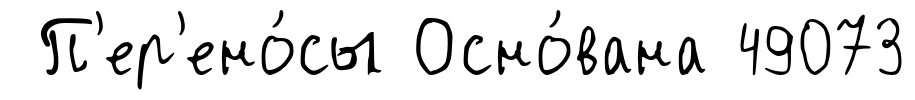
П'ер'ено́сы Осно́вана 49073